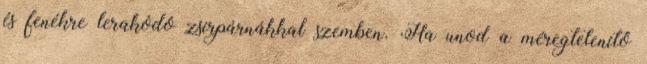
és fenékre lerakódó zsírpárnákkal szemben. Ha unod a méregtelenítő